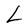
Character: L